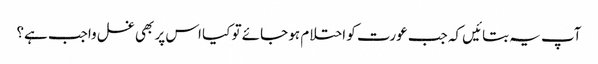
آپ یہ بتائیں کہ جب عورت کو احتلام ہو جائے تو کیا اس پر بھی غسل واجب ہے؟